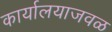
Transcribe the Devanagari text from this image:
कार्यालयाजवळ